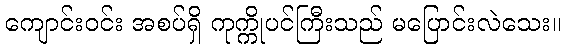
ကျောင်းဝင်း အစပ်ရှိ ကုက္ကိုပင်ကြီးသည် မပြောင်းလဲသေး။